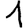
Digit: 1